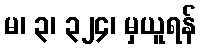
မ၊ ၃၊ ၃၂၄၊ မှယူရန်